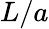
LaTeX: L/a